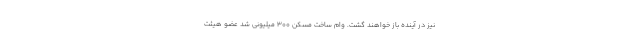
نیز در آینده باز خواهند گشت. وام ساخت مسکن ۳۰۰ میلیونی شد عضو هیئت